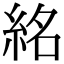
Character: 𥿨